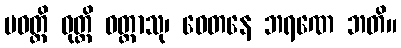
ပဝတ္တိ ဝုတ္တိ ဝတ္တာသု၊ ဝေတနေ ဘရဏေ ဘတိ။